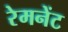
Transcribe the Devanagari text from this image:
रेमनेंट